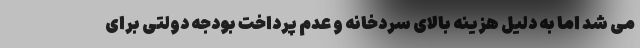
می‌ شد اما به دلیل هزینه بالای سردخانه و عدم پرداخت بودجه دولتی برای